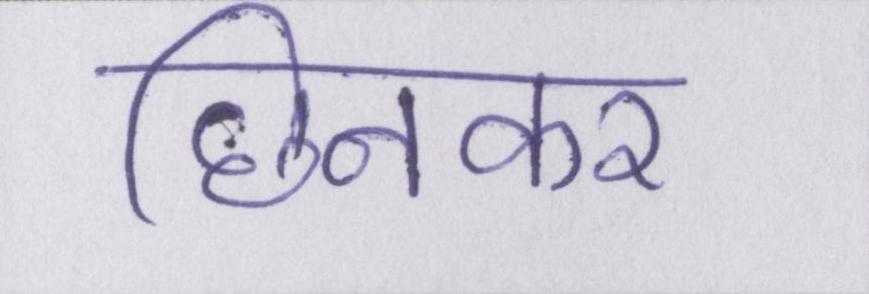
छिनकर